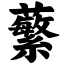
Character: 蘩